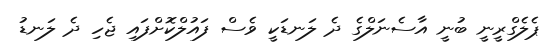
ޕެލެގްރީނީ ބުނީ އާސެނަލްގެ ދެ ލަނޑަކީ ވެސް ފައުލްކޮށްފައި ޖެހި ދެ ލަނޑު